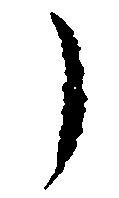
郎